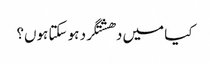
کیا میں دھشتگرد ہو سکتا ہوں؟